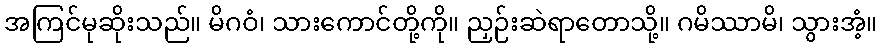
အကြင်မုဆိုးသည်။ မိဂဝံ၊ သားကောင်တို့ကို။ ညှဉ်းဆဲရာတောသို့။ ဂမိဿာမိ၊ သွားအံ့။